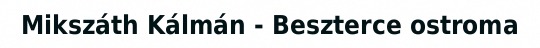
Mikszáth Kálmán - Beszterce ostroma